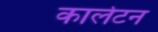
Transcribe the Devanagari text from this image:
कार्लेटन